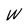
Character: W